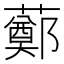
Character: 𧀿